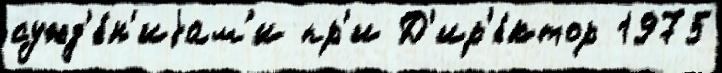
сужд'е́н'иjам'и пр'и Д'ир'е́ктор 1975